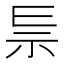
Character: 𥘐